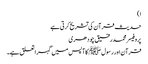
ا)
حدیث قرآن کی تشریح کرتی ہے
پروفیسر محمد رفیق چودھری
قرآن اور رسول ﷺ کا آپس میں گہرا تعلق ہے۔